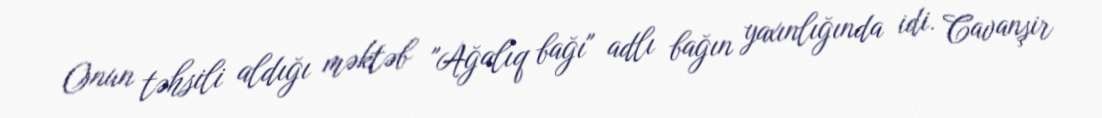
Onun təhsili aldığı məktəb "Ağalıq bağı" adlı bağın yaxınlığında idi. Cavanşir